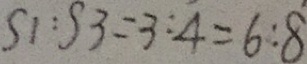
S 1 : S 3 = 3 : 4 = 6 : 8